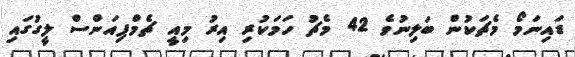
ޑައިނަމޯ މެޗަކުން ބަލިނުވެ 42 މެޗު ހަމަކުރި އިރު މިއީ ޗެމްޕިއަންސް ލީގުގައި